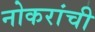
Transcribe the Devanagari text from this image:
नोकरांची